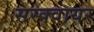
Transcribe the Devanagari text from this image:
सस्क्वायर